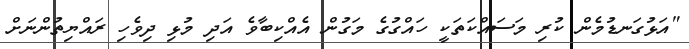
"އަޅުގަނޑުމެން ކުރި މަސައްކަތަކީ ހައްގުގެ މަގުން އެއްކިބާވެ އަދި މުޅި ދިވެހި ރައްޔިތުންނަށް